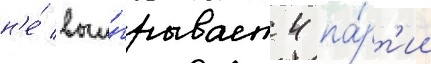
н'е́ выи́грывает 4 па́рт'ии